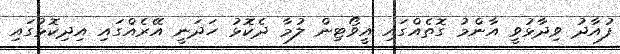
ފުއާދު ވިދާޅުވީ އާންމު ގޮތެއްގައި އީވޯޓިން ލުމާ ދެކޮޅު ހަދަނީ އޭރެއްގައި އިދިކޮޅުގައި